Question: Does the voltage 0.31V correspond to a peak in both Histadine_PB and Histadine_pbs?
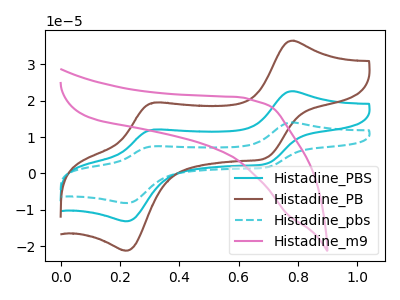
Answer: <think>The cyan curve "Histadine_PBS" has anodic peaks at (0.80V, 22.60uA) (0.30V, 12.05uA) and cathodic peaks at (0.70V, 2.65uA) (0.20V, -13.15uA). The brown curve "Histadine_PB" has anodic peaks at (0.80V, 36.50uA) (0.30V, 19.45uA) and cathodic peaks at (0.70V, 4.25uA) (0.20V, -21.25uA). The cyan dashed curve "Histadine_pbs" has anodic peaks at (0.80V, 45.20uA) (0.30V, 24.10uA) and cathodic peaks at (0.70V, 5.30uA) (0.20V, -26.30uA). The pink curve "Histadine_m9" has no peaks.</think>
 <answer>Yes, "Histadine_PB" and "Histadine_pbs" share a peak at 0.31V.</answer>
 <eval>match</eval>